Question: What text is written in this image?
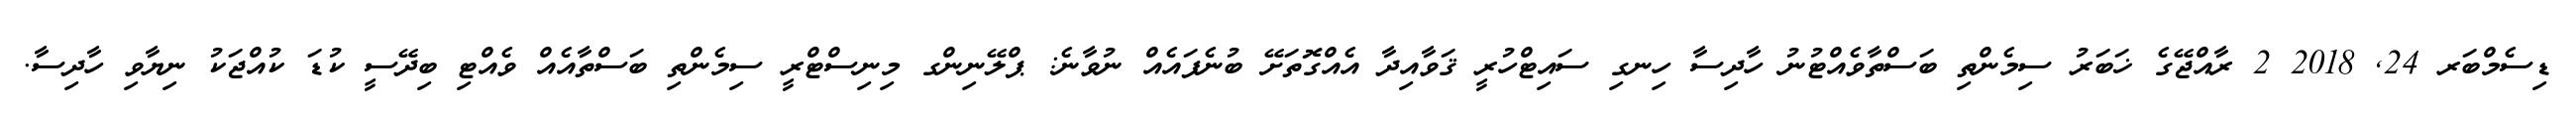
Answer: ޑިސެމްބަރ 24, 2018 2 ރާއްޖޭގެ ޚަބަރު ސިމެންތި ބަސްތާވެއްޓުނު ހާދިސާ ހިނގި ސައިޓްހުރީ ޤަވާއިދާ އެއްގޮތަށޭ ބުނެފައެއް ނުވާނެ: ޕްލޭނިންގ މިނިސްޓްރީ ސިމެންތި ބަސްތާއެއް ވެއްޓި ބިދޭސީ ކުޑަ ކުއްޖަކު ނިޔާވި ހާދިސާ.